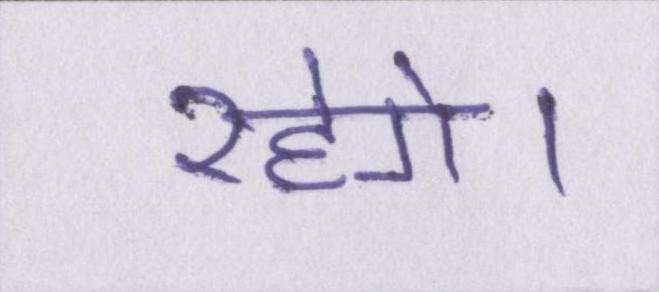
रहेगे।